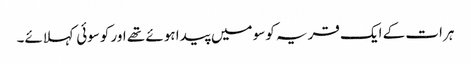
ہرات کے ایک قریہ کوسو میں پیدا ہوئے تھے اور کوسوئی کہلائے۔